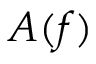
A ( f )